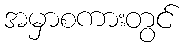
အမှာစကားတွင်